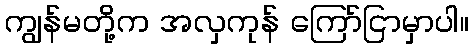
ကျွန်မတို့က အလှကုန် ကြော်ငြာမှာပါ။